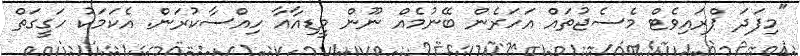
"މިފަދަ ޕްރައިވެޓް މެސެޖުތައް އަހަރެން ބޭނުމެއް ނޫން މީޑިއާއާ ހިއްސާކުރަން. އެކަމަކު ހަގީގަތް